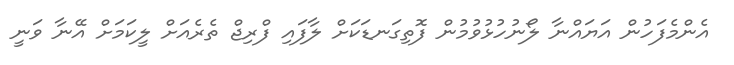
އެންމެފަހުން އަޔައްނާ ލޯނުހުޅުވުމުން ފޮތިގަނޑަކަށް ލާފައި ފްރިޖް ތެރެއަށް ލީކަމަށް އޭނާ ވަނީ